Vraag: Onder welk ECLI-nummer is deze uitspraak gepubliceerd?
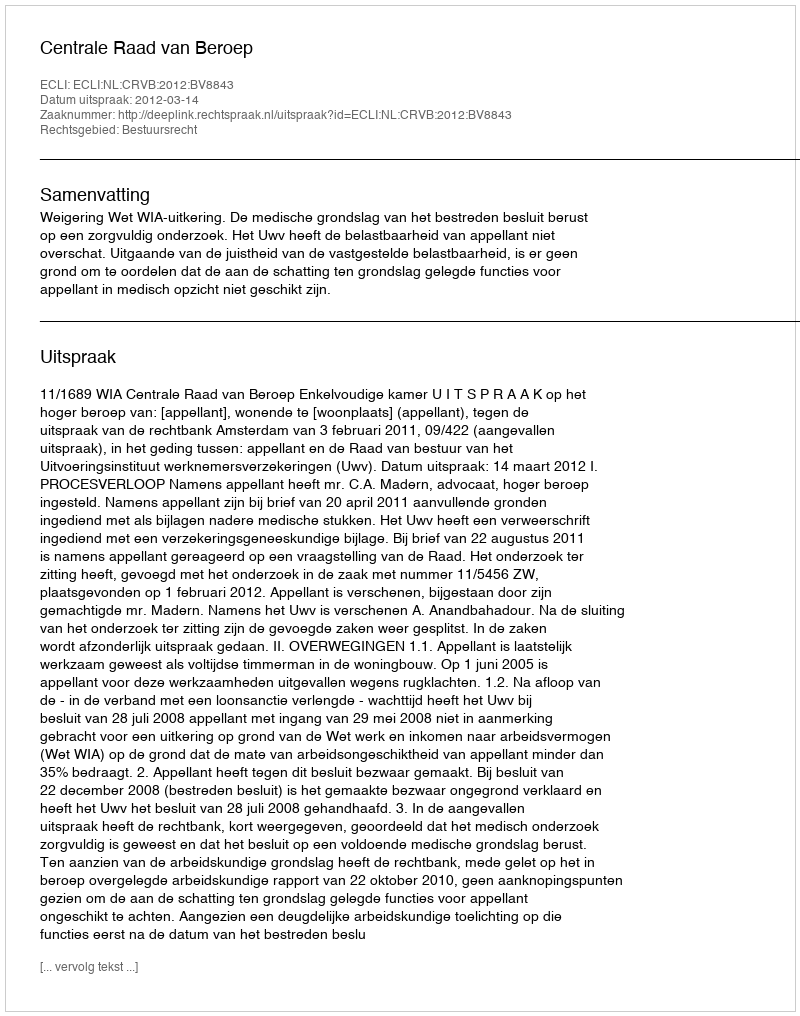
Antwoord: ECLI:NL:CRVB:2012:BV8843